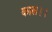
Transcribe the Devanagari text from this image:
काल।।